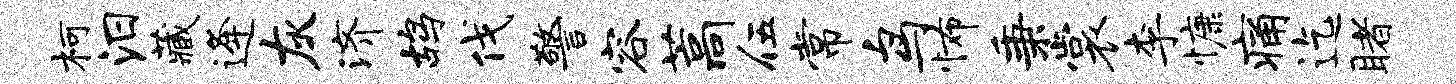
柯汨藏逄灰济鸪伐警容藁伍常鸟怖秉裳李慷痛迄睹